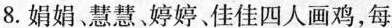
8. 娟娟、慧慧婷婷、佳佳四人画鸡，每